Plague in India, 1896, 1897 - Volume 1
Year: 1896
Disease focus: Plague
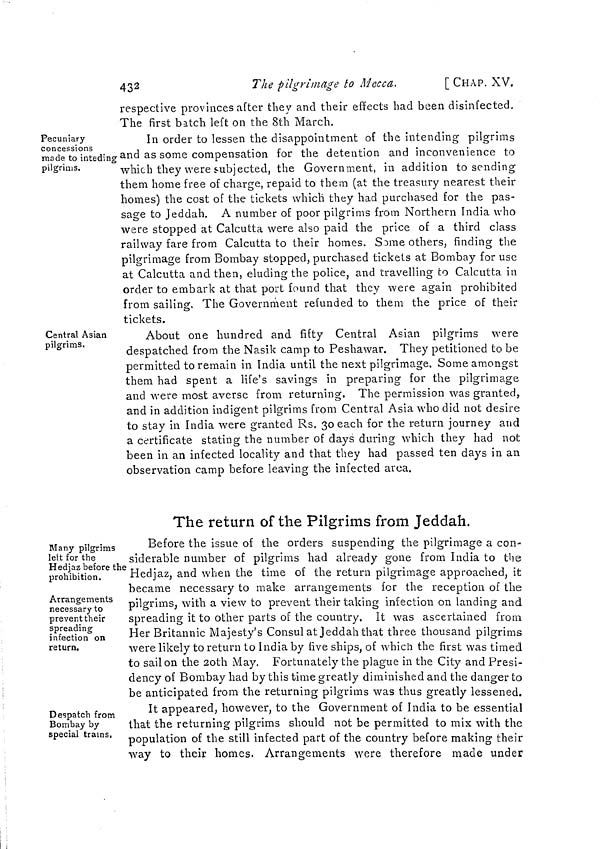
432
The pilgrimage to Mecca.
[ CHAP. XV.
respective provinces after they and their effects had been disinfected.
The first batch left on the 8th March.
Pecuniary
concessions
made to inteding
pilgrims.
In order to lessen the disappointment ot the intending pilgrims
and as some compensation for the detention and inconvenience to
which they were subjected, the Government, in addition to sending
them home free of charge, repaid to them (at the treasury nearest their
homes) the cost of the tickets which they had purchased for the pas-
sage to Jeddah. A number of poor pilgrims from Northern India who
were stopped at Calcutta were also paid the price of a third class
railway fare from Calcutta to their homes. Some others, finding the
pilgrimage from Bombay stopped, purchased tickets at Bombay for use
at Calcutta and then, eluding the police, and travelling to Calcutta in
order to embark at that port found that they were again prohibited
from sailing. The Government refunded to them the price of their
tickets.
Central Asian
pilgrims.
About one hundred and fifty Central Asian pilgrims were
despatched from the Nasik camp to Peshawar. They petitioned to be
permitted to remain in India until the next pilgrimage. Some amongst
them had spent a life's savings in preparing for the pilgrimage
and were most averse from returning. The permission was granted,
and in addition indigent pilgrims from Central Asia who did not desire
to stay in India were granted Rs. 30 each for the return journey and
a certificate stating the number of days during which they had not
been in an infected locality and that they had passed ten days in an
observation camp before leaving the infected area.
The return of the Pilgrims from Jeddah.
Many pilgrims
left for the
Hedjaz before the
prohibition.
Before the issue of the orders suspending the pilgrimage a con-
siderable number of pilgrims had already gone from India to the
Hedjaz, and when the time of the return pilgrimage approached, it
became necessary to make arrangements for the reception of the
Arrangements
necessary to
prevent their
spreading
infection on
return.
pilgrims, with a view to prevent their taking infection on landing and
spreading it to other parts of the country. It was ascertained from
Her Britannic Majesty's Consul at Jeddah that three thousand pilgrims
were likely to return to India by five ships, of which the first was timed
to sail on the 20th May. Fortunately the plague in the City and Presi-
dency of Bombay had by this time greatly diminished and the danger to
be anticipated from the returning pilgrims was thus greatly lessened.
Despatch from
Bombay by
special trains.
It appeared, however, to the Government of India to be essential
that the returning pilgrims should not be permitted to mix with the
population of the still infected part of the country before making their
way to their homes. Arrangements were therefore made under